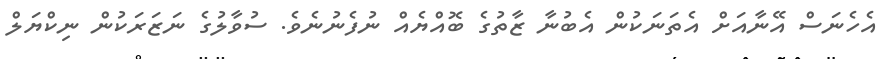
އެހެނަސް އޭނާއަށް އެތަނަކުން އެބުނާ ޒާތުގެ ބޮއްޔެއް ނުފެނުނެވެ. ސުވާލުގެ ނަޒަރަކުން ނިކްޔަލް